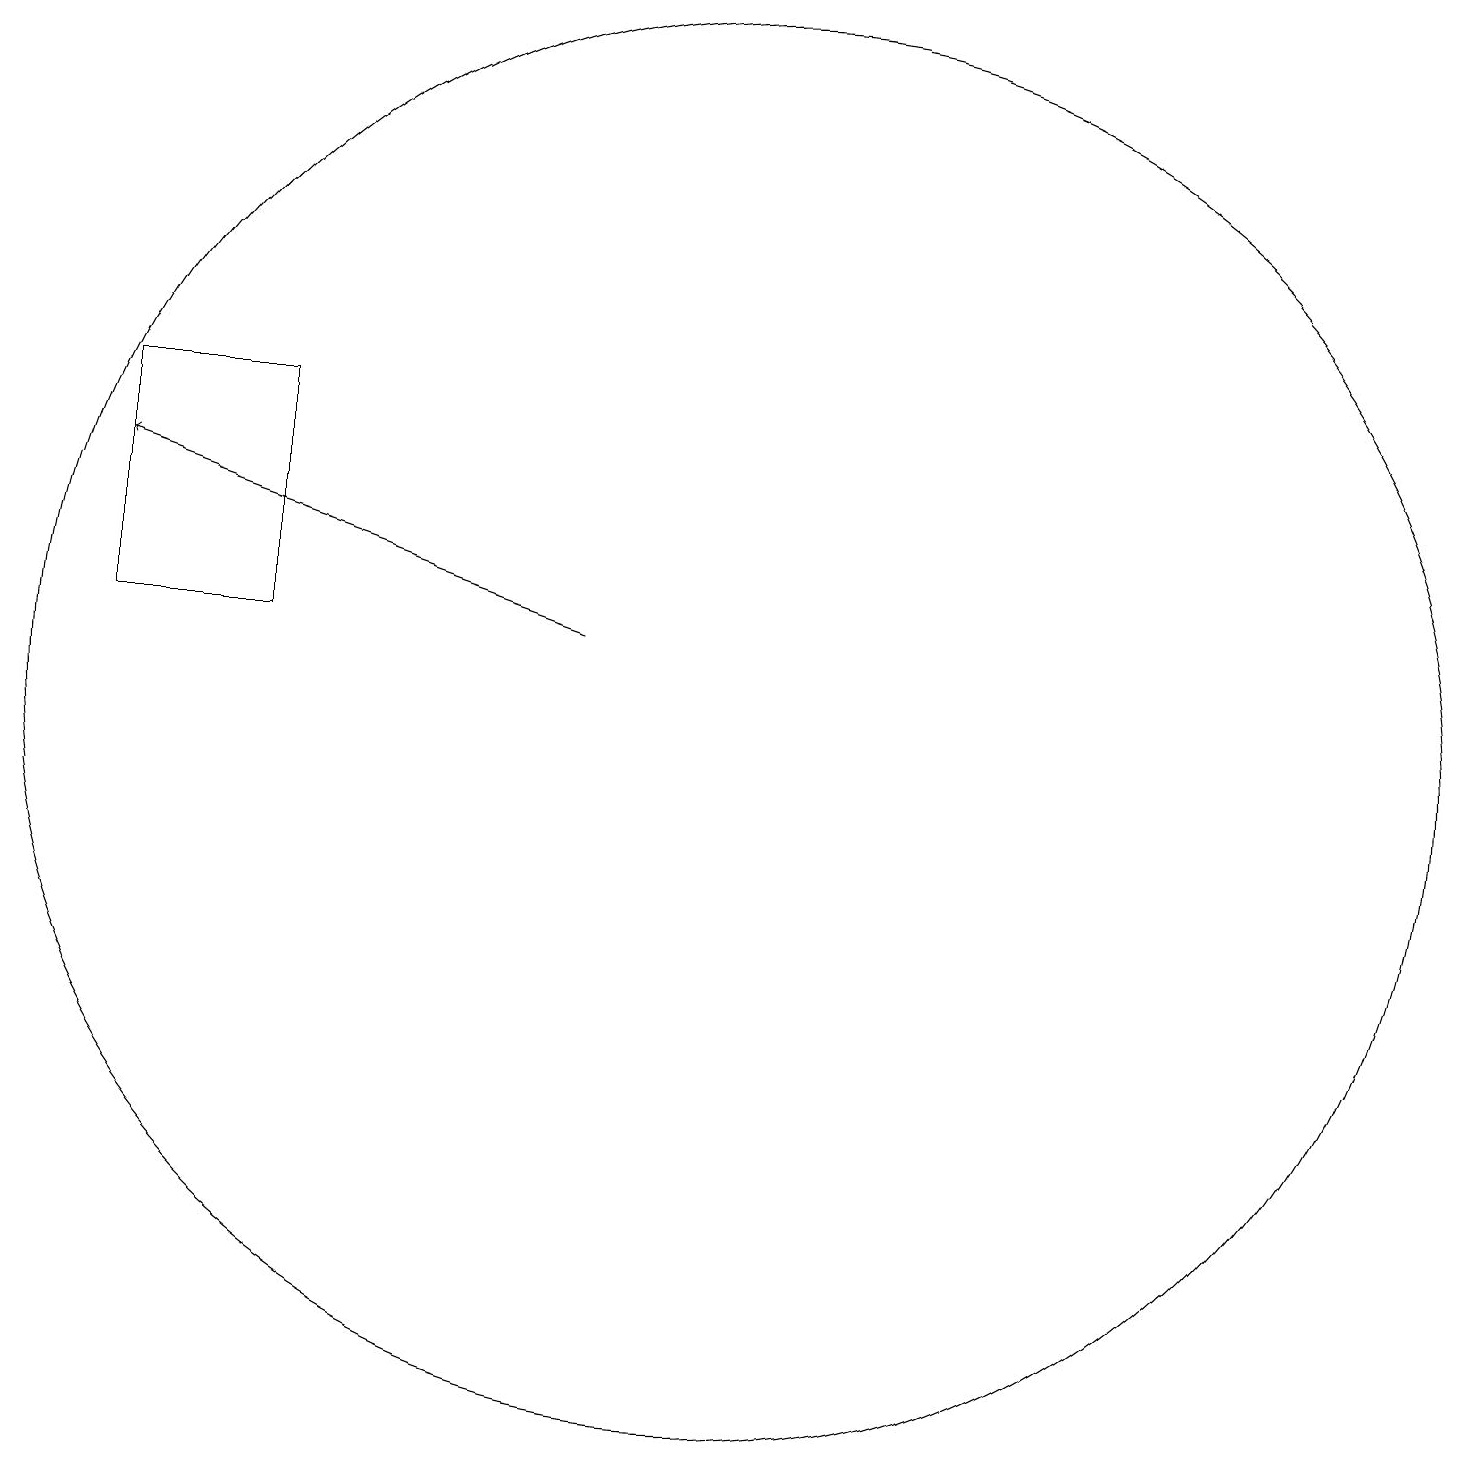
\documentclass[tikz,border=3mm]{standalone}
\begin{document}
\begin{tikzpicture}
\draw (11,10) circle (9);
\draw (3,11) rectangle (5,14);
\draw[->] (9,11) -- (3,13);
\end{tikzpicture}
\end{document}